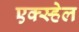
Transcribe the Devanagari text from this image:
एक्स्हेल